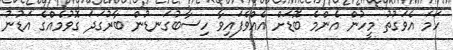
ހަމަ އެވަގުތު މީހުން އެންމެ ބޮޑަށް އެއްވެފައިވާ ހިސާބުގަނޑުން ބާރުގަދަ ގޮވުމެއްގެ އަޑުނު